Scientific memoirs by medical officers of the Army of India - Part III,
Year: 1887
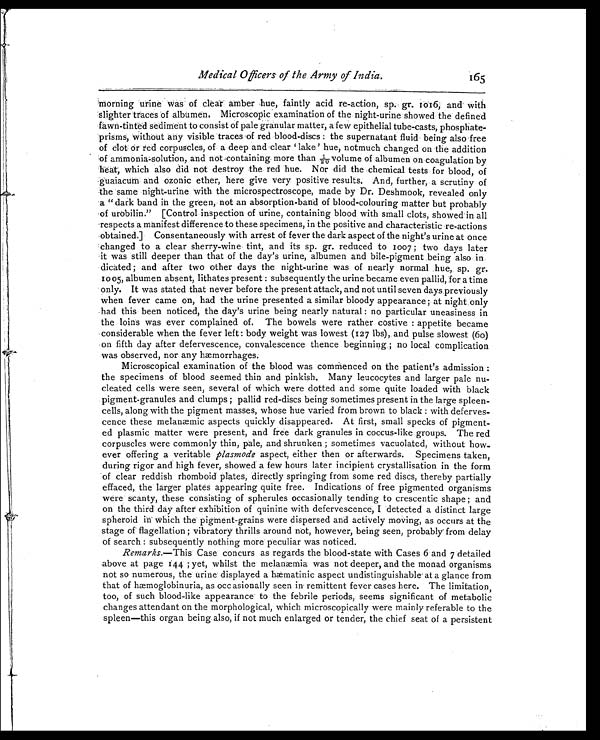
Medical Officers of the Army of India.
1 6 5
morning urine was of clear amber hue, faintly acid re-action, sp. gr. 1016, and with
slighter traces of albumen. Microscopic examination of the night-urine showed the defined
fawn-tinted sediment to consist of pale granular matter, a few epithelial tube-casts, phosphate-
prisms, without any visible traces of red blood-discs : the supernatant fluid being also free
of clot or red corpuscles, of a deep and clear ‘lake’ hue, notmuch changed on the addition
of ammonia-solution, and not containing more than 1/20 volume of albumen on coagulation by
heat, which also did not destroy the red hue. Nor did the chemical tests for blood, of
guaiacum and ozonic ether, here give very positive results. And, further, a scrutiny of
the same night-urine with the microspectroscope, made by Dr. Deshmook, revealed only
a “dark band in the green, not an absorption-band of blood-colouring matter but probably
of urobilin.” [Control inspection of urine, containing blood with small clots, showed in all
respects a manifest difference to these specimens, in the positive and characteristic re-actions
obtained.] Consentaneously with arrest of fever the dark aspect of the night’s urine at once
changed to a clear sherry-wine tint, and its sp. gr. reduced to 1007 ; two days later
it was still deeper than that of the day’s urine, albumen and bile-pigment being also in
dicated ; and after two other days the night-urine was of nearly normal hue, sp. gr.
1005, albumen absent, lithates present : subsequently the urine became even pallid, for a time
only. It was stated that never before the present attack, and not until seven days previously
when fever came on, had the urine presented a similar bloody appearance ; at night only
had this been noticed, the day’s urine being nearly natural : no particular uneasiness in
the loins was ever complained of. The bowels were rather costive : appetite became
considerable when the fever left : body weight was lowest (127 Ibs), and pulse slowest (60)
on fifth day after defervescence, convalescence thence beginning ; no local complication
was observed, nor any hæmorrhages.
Microscopical examination of the blood was commenced on the patient’s admission :
the specimens of blood seemed thin and pinkish. Many leucocytes and larger pale nu-
cleated cells were seen, several of which were dotted and some quite loaded with black
pigment-granules and clumps ; pallid red-discs being sometimes present in the large spleen-
cells, along with the pigment masses, whose hue varied from brown to black : with deferves-
cence these melanæmic aspects quickly disappeared. At first, small specks of pigment
- e d p l a s m i c m a t t e r w e r e p r e s e n t , a n d f r e e d a r k g r a n u l e s i n c o c c u s - l i k e g r o u p s . T h e r e d
corpuscles were commonly thin, pale, and shrunken ; sometimes vacuolated, without how-
ever offering a veritable plasmode aspect, either then or afterwards. Specimens taken,
during rigor and high fever, showed a few hours later incipient crystallisation in the form
of clear reddish rhomboid plates, directly springing from some red discs, thereby partially
effaced, the larger plates appearing quite free. Indications of free pigmented organisms
were scanty, these consisting of spherules occasionally tending to crescentic shape ; and
on the third day after exhibition of quinine with defervescence, I detected a distinct large
spheroid in which the pigment-grains were dispersed and actively moving, as occurs at the
stage of flagellation ; vibratory thrills around not, however, being seen, probably from delay
of search : subsequently nothing more peculiar was noticed.
Remarks.—This Case concurs as regards the blood-state with Cases 6 and 7 detailed
above at page l44 ; yet, whilst the melanæmia was not deeper, and the monad organisms
not so numerous, the urine displayed a hæmatinic aspect undistinguishable at a glance from
that of hæmoglobinuria, as occasionally seen in remittent fever cases here. The limitation,
too, of such blood-like appearance to the febrile periods, seems significant of metabolic
changes attendant on the morphological, which microscopically were mainly referable to the
spleen—this organ being also, if not much enlarged or tender, the chief seat of a persistent